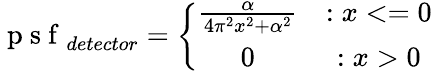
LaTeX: \mathrm{~p~s~f~}_{detector}=\left\{ \begin{array}{cc}{\frac{\alpha}{4\pi^{2}x^{2}+\alpha^{2}}}&{:x<=0}\\ {0}&{:x>0}\end{array}\right.